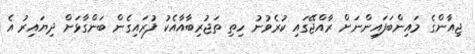
ޖިއާންގެ މައިންބަފައިންނަށް ރާއްޖޭގައި ކުރެވުނު ހިތި ތަޖުރިބާއާއެކު ފުރައިގެން ބަންގާޅަށް ދިޔައިރު އެ